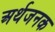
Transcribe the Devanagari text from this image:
अर्थजनक